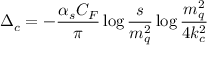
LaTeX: \Delta _ { c } = - \frac { \alpha _ { s } C _ { F } } { \pi } \log \frac { s } { m _ { q } ^ { 2 } } \log \frac { m _ { q } ^ { 2 } } { 4 k _ { c } ^ { 2 } }